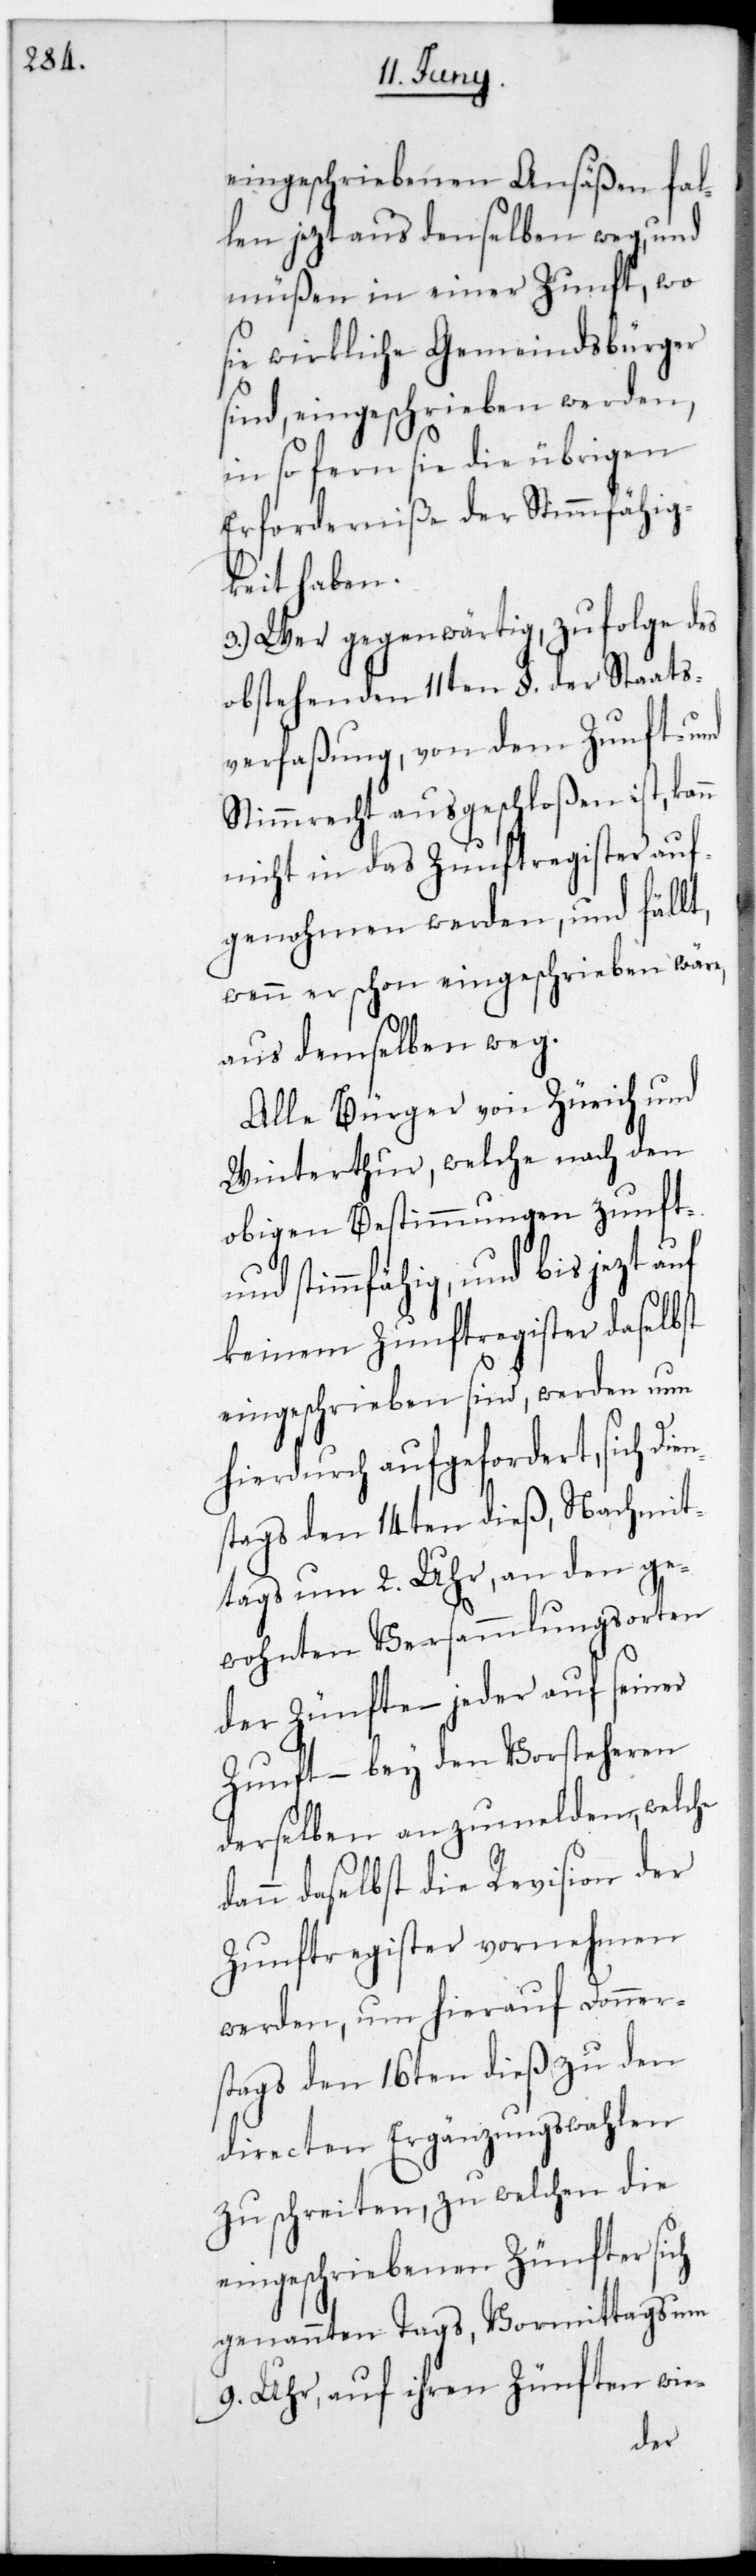
eingeschriebenen Ansäßen fal¬
len jetzt aus denselben weg, und
müßen in einer Zunft, wo
sie wirkliche Gemeindsbürger
sind, eingeschrieben werden,
in so fern sie die übrigen
Erforderniße der Stimmfähig¬
keit haben.
3.) Wer gegenwärtig, zufolge des
obstehenden 11ten §. der Staats¬
verfaßung, von dem Zunft- und
Stimmrecht ausgeschloßen ist, kann
nicht in das Zunftregister auf¬
genohmen werden und fällt,
wenn er schon eingeschrieben wäre,
aus demselben weg.
Alle Bürger von Zürich und
Winterthur, welche nach den
obigen Bestimmungen zunft-
und stimmfähig, und bis jetzt
keinem Zunftregister daselbst
eingeschrieben sind, werden nun
hierdurch aufgeforderet, sich
stags den 14ten dieß, nachmit¬
tags um 2. Uhr, an den ge¬
wohnten Versammlungsorten
der Zünfte – jeder auf seiner
Zunft – bey den Vorsteheren
derselben anzumelden, welche
dann daselbst die Revision der
Zunftregister vornehmen
werden, um hierauf Donner¬
stags den 16ten dieß zu den
directen Ergänzungswahlen
zu schreiten, zu welchen die
eingeschriebenen Zünfter sich
genannten Tags vormittags um
9. Uhr, auf ihren Zünften wie-
Dien¬